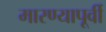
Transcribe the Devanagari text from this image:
मारण्यापूर्वी